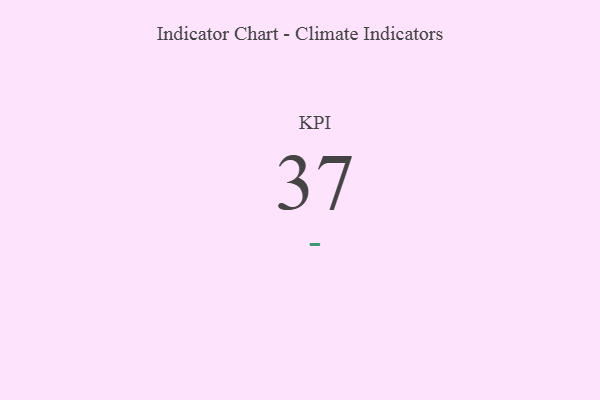
{"axis": {"x": "KPI", "y": "Value"}, "legend": [""], "data": [{"x": "KPI", "y": 37, "type": ""}]}